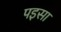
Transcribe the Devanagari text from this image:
पइसा